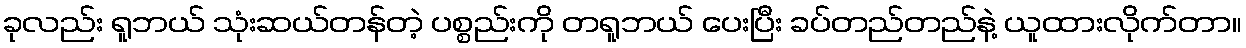
ခုလည်း ရူဘယ် သုံးဆယ်တန်တဲ့ ပစ္စည်းကို တရူဘယ် ပေးပြီး ခပ်တည်တည်နဲ့ ယူထားလိုက်တာ။